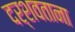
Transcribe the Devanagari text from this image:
दर्शवताना